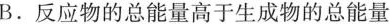
B.反应物的总能量高于生成物的总能量